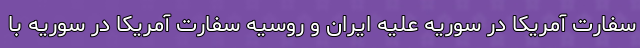
سفارت آمریکا در سوریه علیه ایران و روسیه سفارت آمریکا در سوریه با